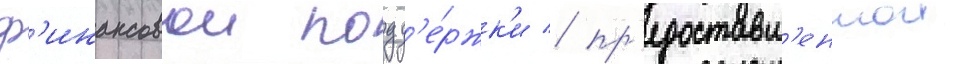
ф'инансовои подд'е́ржк'и / пр'едоставл'еннои